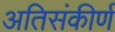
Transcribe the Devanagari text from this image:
अतिसंकीर्ण